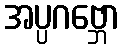
အပ္ပဂဗ္ဘော